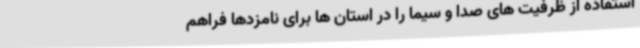
استفاده از ظرفیت های صدا و سیما را در استان ها برای نامزدها فراهم